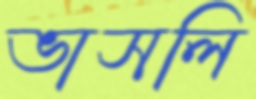
ভাসলি